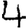
Digit: 4